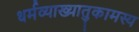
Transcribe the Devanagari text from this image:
धर्मव्याख्यातुकामस्य